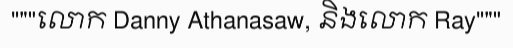
"""លោក Danny Athanasaw, និងលោក Ray"""